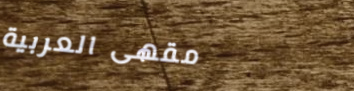
مقهى العربية